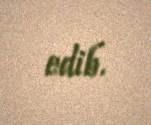
edib.